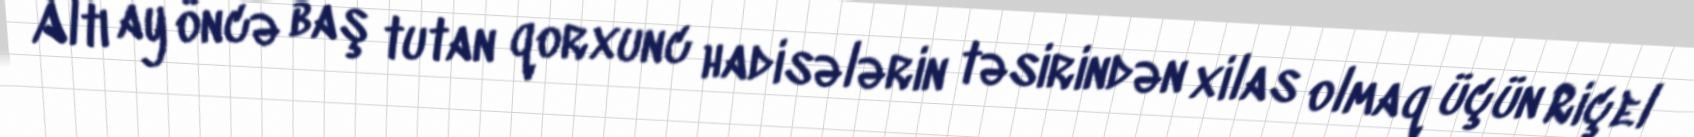
Altı ay öncə baş tutan qorxunc hadisələrin təsirindən xilas olmaq üçün Riçel